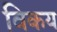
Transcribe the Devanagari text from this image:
विकय